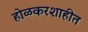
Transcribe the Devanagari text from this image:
होळकरशाहीत